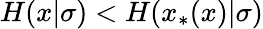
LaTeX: H(x|\sigma)<H(x_{*}(x)|\sigma)